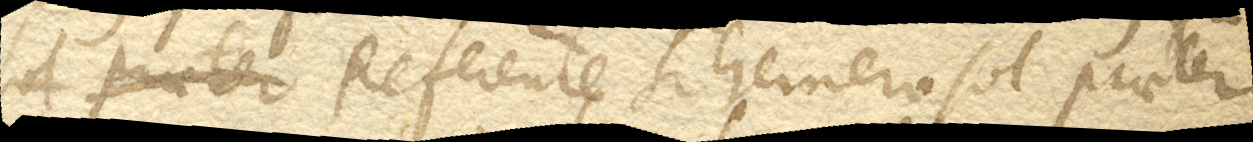
Referente Scheinerosol praeter